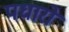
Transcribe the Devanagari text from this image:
पधारो